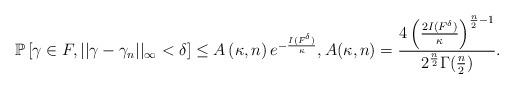
LaTeX: \begin{align*}\mathbb{P}\left[\gamma\in F, ||\gamma-\gamma_{n}||_{\infty} < \delta \right] \le A\left(\kappa,n\right)e^{-\frac{I(F^{\delta})}{\kappa}}, A(\kappa, n) = \frac{4\left(\frac{2I(F^{\delta})}{\kappa}\right)^{\frac{n}{2}-1}}{2^{\frac{n}{2}}\Gamma(\frac{n}{2})}.\end{align*}